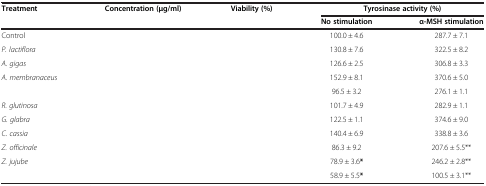
<table><thead><tr><td><b>Treatment</b></td><td><b>Concentration (μg/ml)</b></td><td><b>Viability (%)</b></td><td colspan="2"><b>Tyrosinase activity (%)</b></td></tr><tr><td>[EMPTY_CELL]</td><td>[EMPTY_CELL]</td><td>[EMPTY_CELL]</td><td><b>No stimulation</b></td><td><b>α-MSH stimulation</b></td></tr></thead><tbody><tr><td>Control</td><td>[EMPTY_CELL]</td><td>[EMPTY_CELL]</td><td>100.0 ± 4.6</td><td>287.7 ± 7.1</td></tr><tr><td><i>P. lactiflora</i></td><td>[EMPTY_CELL]</td><td>[EMPTY_CELL]</td><td>130.8 ± 7.6</td><td>322.5 ± 8.2</td></tr><tr><td><i>A. gigas</i></td><td>[EMPTY_CELL]</td><td>[EMPTY_CELL]</td><td>126.6 ± 2.5</td><td>306.8 ± 3.3</td></tr><tr><td><i>A. membranaceus</i></td><td>[EMPTY_CELL]</td><td>[EMPTY_CELL]</td><td>152.9 ± 8.1</td><td>370.6 ± 5.0</td></tr><tr><td>[EMPTY_CELL]</td><td>[EMPTY_CELL]</td><td>[EMPTY_CELL]</td><td>96.5 ± 3.2</td><td>276.1 ± 1.1</td></tr><tr><td><i>R. glutinosa</i></td><td>[EMPTY_CELL]</td><td>[EMPTY_CELL]</td><td>101.7 ± 4.9</td><td>282.9 ± 1.1</td></tr><tr><td><i>G. glabra</i></td><td>[EMPTY_CELL]</td><td>[EMPTY_CELL]</td><td>122.5 ± 1.1</td><td>374.6 ± 9.0</td></tr><tr><td><i>C. cassia</i></td><td>[EMPTY_CELL]</td><td>[EMPTY_CELL]</td><td>140.4 ± 6.9</td><td>338.8 ± 3.6</td></tr><tr><td><i>Z. officinale</i></td><td>[EMPTY_CELL]</td><td>[EMPTY_CELL]</td><td>86.3 ± 9.2</td><td>207.6 ± 5.5**</td></tr><tr><td><i>Z. jujube</i></td><td>[EMPTY_CELL]</td><td>[EMPTY_CELL]</td><td>78.9 ± 3.6<b>*</b></td><td>246.2 ± 2.8**</td></tr><tr><td>[EMPTY_CELL]</td><td>[EMPTY_CELL]</td><td>[EMPTY_CELL]</td><td>58.9 ± 5.5<b>*</b></td><td>100.5 ± 3.1**</td></tr></tbody></table>